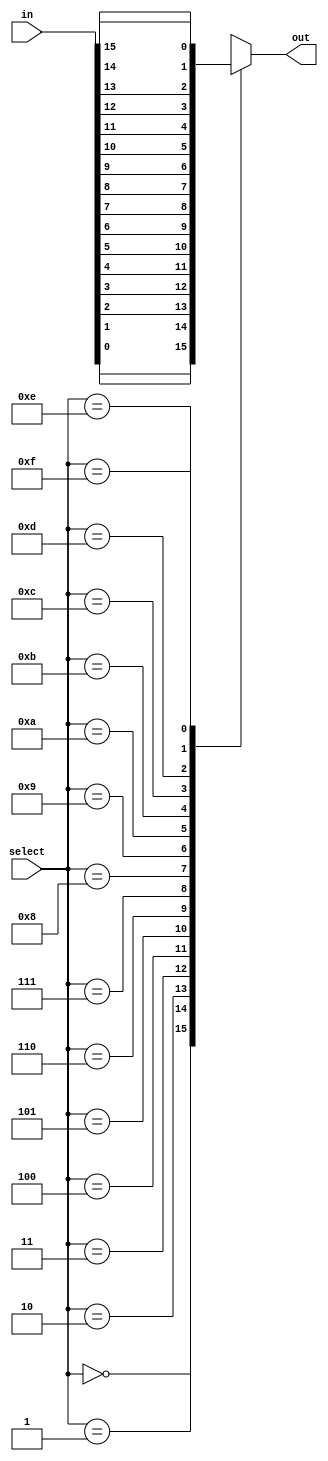
module f1_test(input [15:0] in, input [3:0] select, output reg out);

always @( in or select)
    case (select)
	    0: out = in[0];
	    1: out = in[1];
	    2: out = in[2];
	    3: out = in[3];
	    4: out = in[4];
	    5: out = in[5];
	    6: out = in[6];
	    7: out = in[7];
	    8: out = in[8];
	    9: out = in[9];
	    10: out = in[10];
	    11: out = in[11];
	    12: out = in[12];
	    13: out = in[13];
	    14: out = in[14];
	    15: out = in[15];
	endcase
endmodule